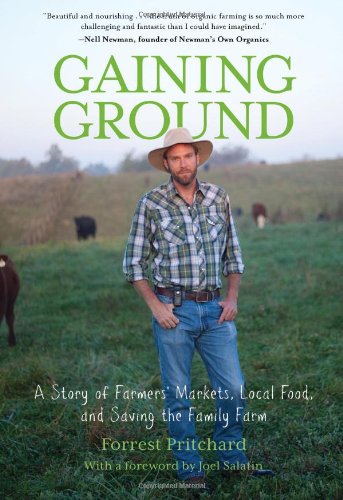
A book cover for Gaining Ground: A Story Of Farmers' Markets, Local Food, And Saving The Family Farm; Forrest Pritchard; Humor & Entertainment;